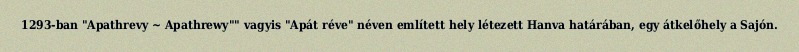
1293-ban "Apathrevy ~ Apathrewy"" vagyis "Apát réve" néven említett hely létezett Hanva határában, egy átkelőhely a Sajón.